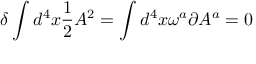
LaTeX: \delta \int d ^ { 4 } x \frac { 1 } { 2 } A ^ { 2 } = \int d ^ { 4 } x \omega ^ { a } \partial A ^ { a } = 0